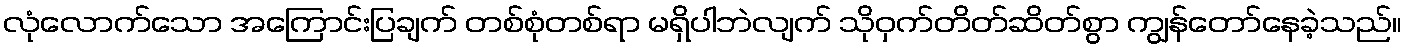
လုံလောက်သော အကြောင်းပြချက် တစ်စုံတစ်ရာ မရှိပါဘဲလျက် သိုဝှက်တိတ်ဆိတ်စွာ ကျွန်တော်နေခဲ့သည်။